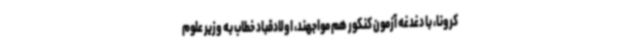
کرونا، با دغدغه آزمون کنکور هم مواجهند، اولادقباد خطاب به وزیر علوم